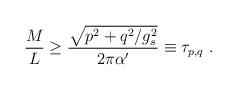
LaTeX: \begin{align*}\frac{M}{L} \geq \frac{\sqrt{p^2 + q^2/g^2_s}}{2\pi{\alpha^\prime}}\equiv \tau_{p,q}\ . \end{align*}